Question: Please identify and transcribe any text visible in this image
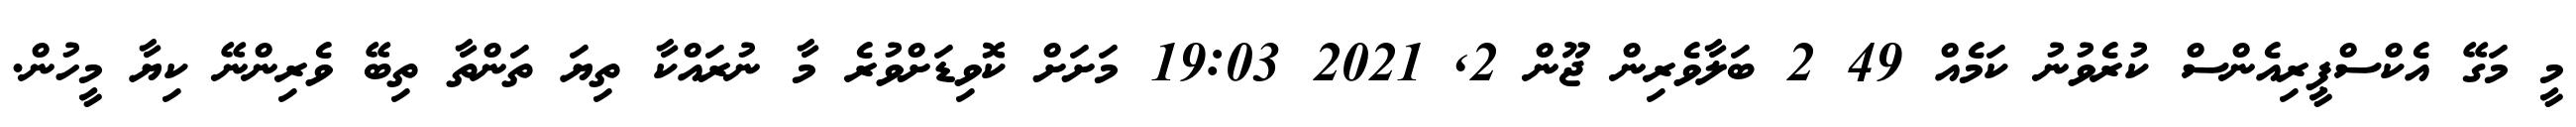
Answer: މީ މަގޭ އެކްސްޕީރިއެންސް ކުރެވުނު ކަމެއް 49 2 ބަލާވެރިން ޖޫން 2, 2021 19:03 މަށަށް ކޮވިޑަށްވުރެ މާ ނުރައްކާ ތިޔަ ތަންތާ ތިބޭ ވެރިންނޭ ކިޔާ މީހުން.